65_HS1-834228961_62-HQ-83894_Section_7
Agency: FBI
Page 110
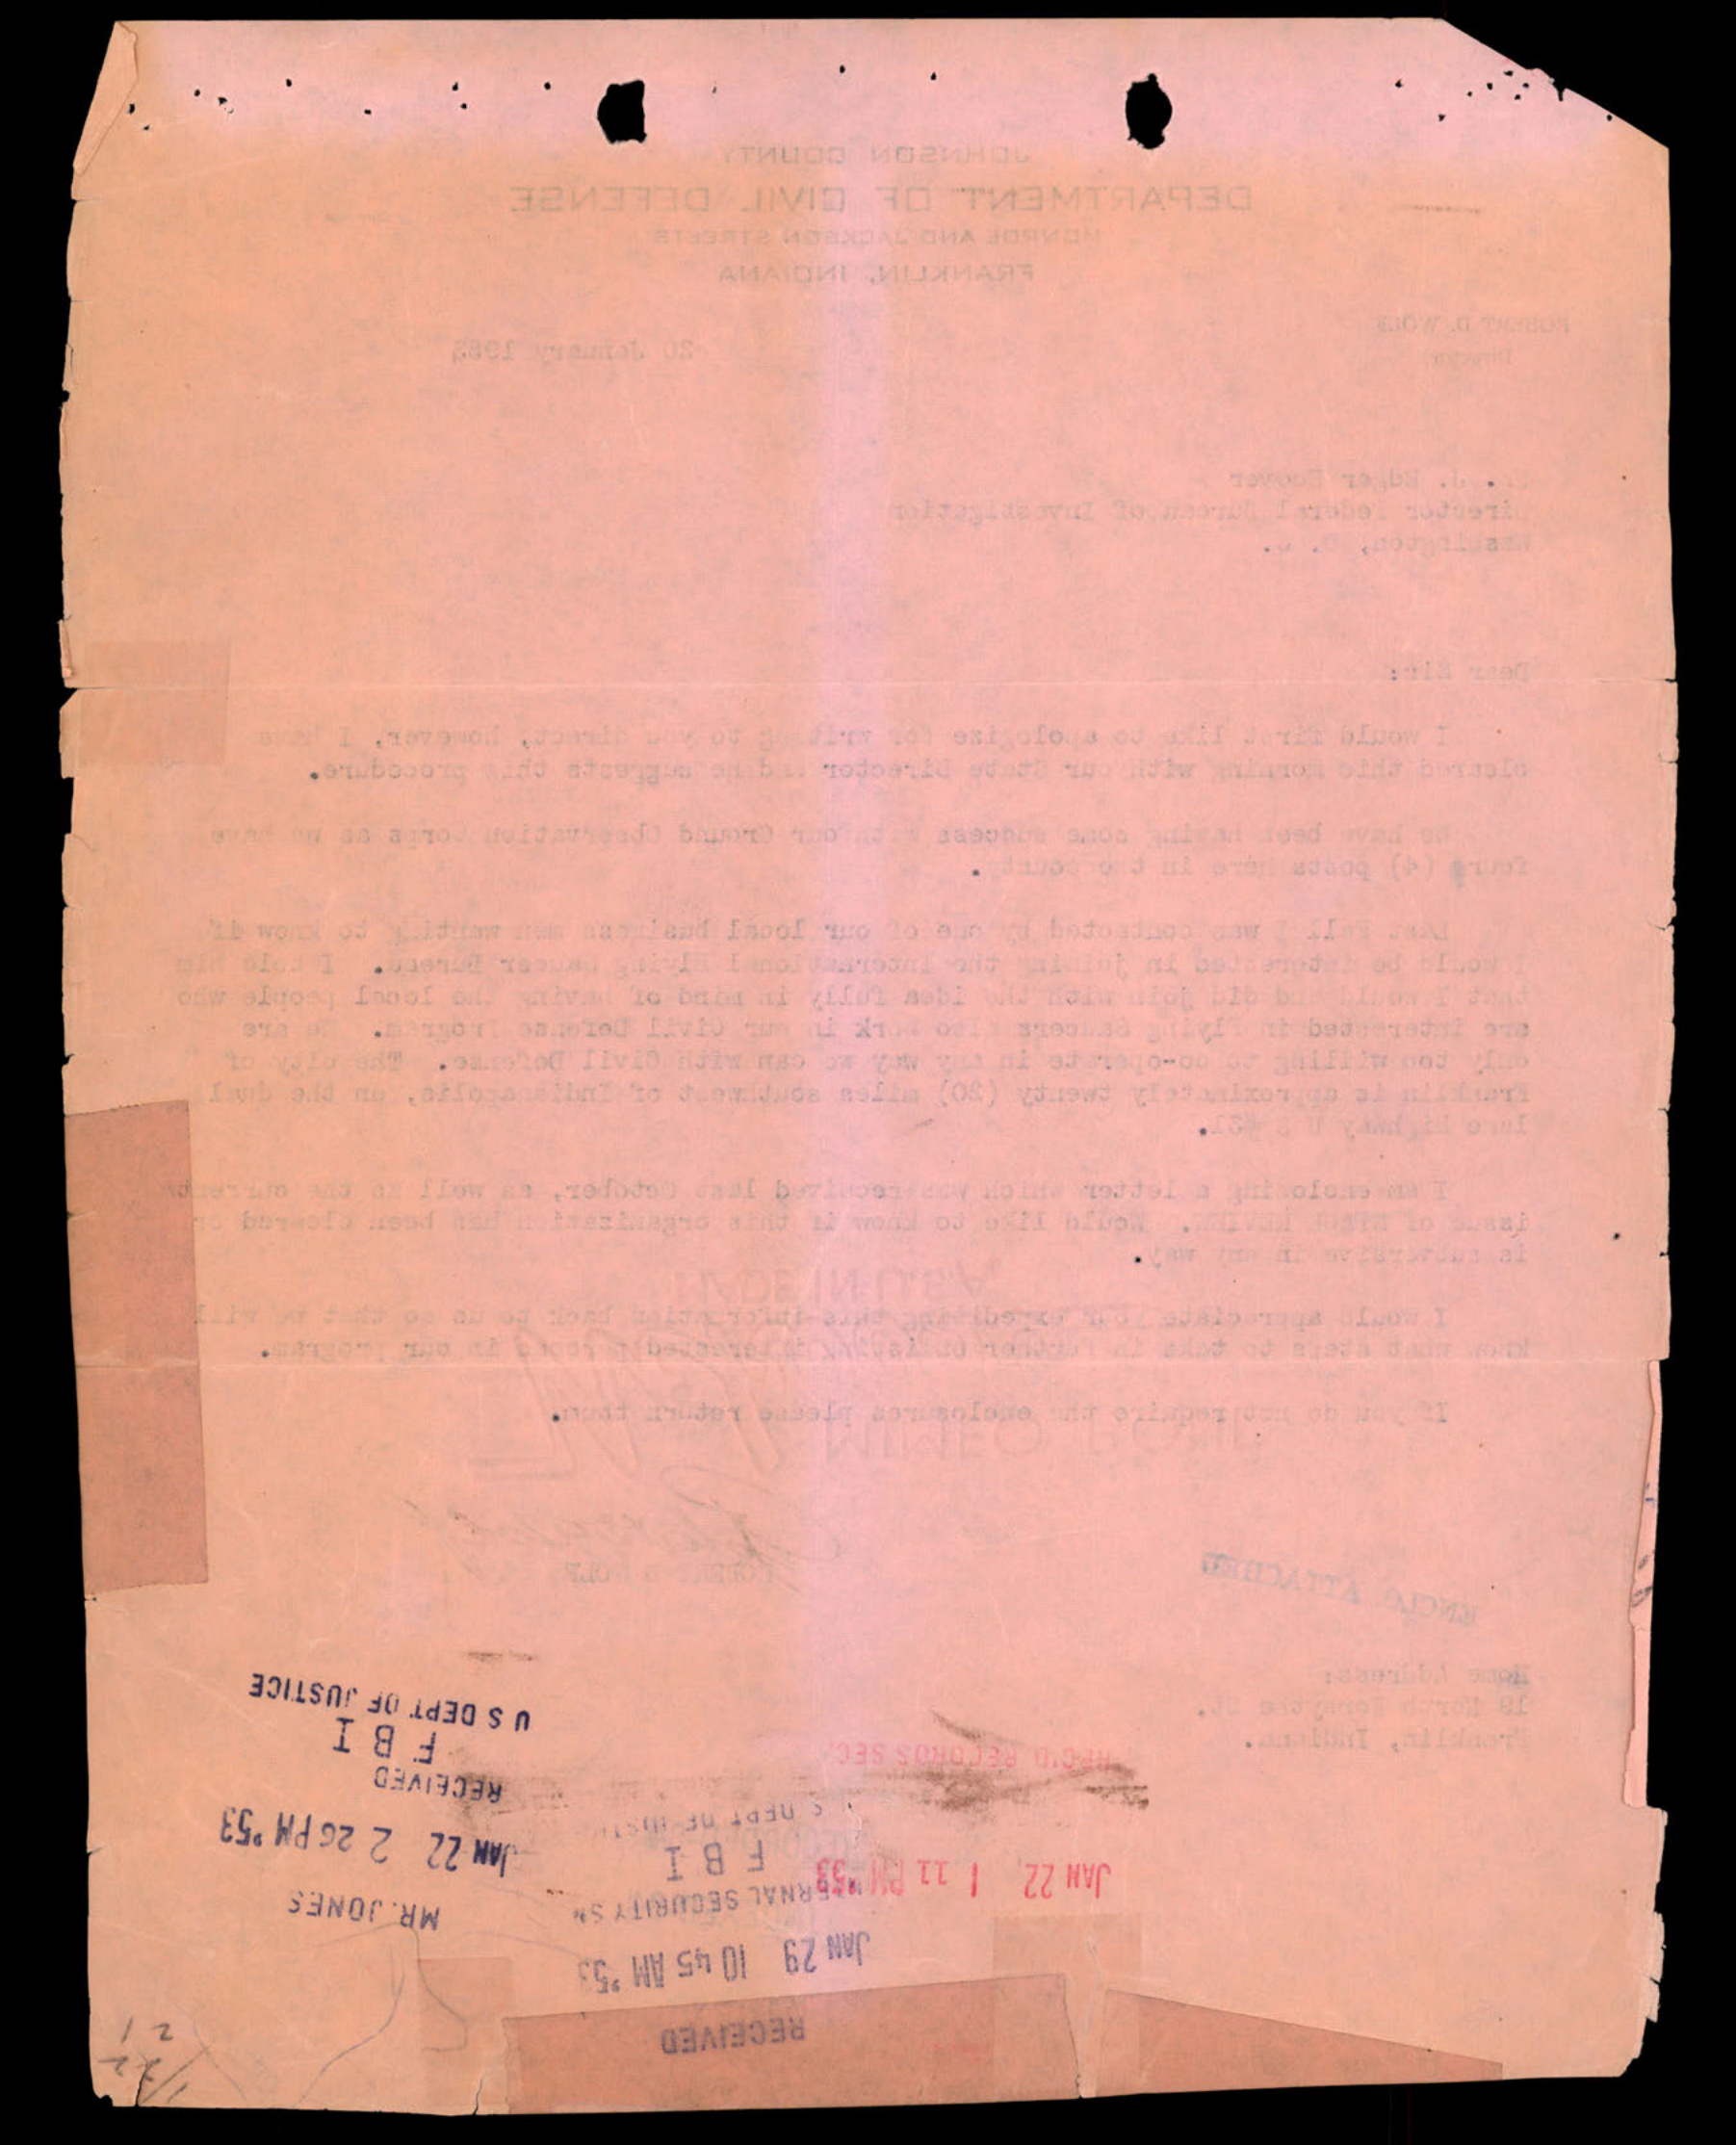